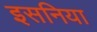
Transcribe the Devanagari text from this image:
इसनिया